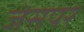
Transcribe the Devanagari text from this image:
जेसपर